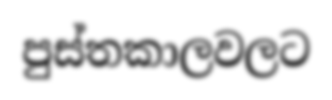
පුස්තකාලවලට